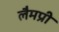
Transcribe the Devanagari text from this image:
लैमप्री